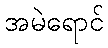
အမဲရောင်